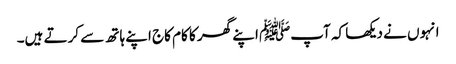
انہوں نے دیکھا کہ آپﷺ اپنے گھر کا کام کاج اپنے ہاتھ سے کرتے ہیں۔